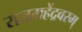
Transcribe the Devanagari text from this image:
राजमहेंद्रवरम्